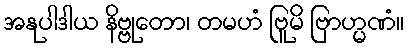
အနုပါဒါယ နိဗ္ဗုတော၊ တမဟံ ဗြူမိ ဗြာဟ္မဏံ။